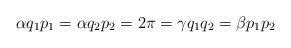
LaTeX: \begin{align*}\alpha q_{1}p_{1}=\alpha q_{2}p_{2}=2\pi=\gamma q_{1}q_{2}=\beta p_{1}p_{2}\end{align*}